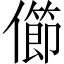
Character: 𠐉